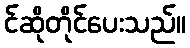
င်ဆိုတိုင်ပေးသည်။